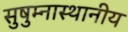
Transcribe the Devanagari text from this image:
सुषुम्नास्थानीय